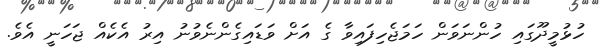
ހުޅުމީދޫގައި ހުންނަވަން ހަމަޖެހިފައިވާ ގެ އަށް ވަޑައިގެންނެވުނު އިރު އެކެއް ޖަހަނީ އެވެ.